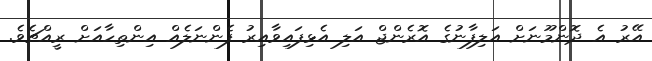
އޭރު އެ ދޮންމޫނަށް އަލިފާނުގެ އޮރެންޖް އަލި އެޅިފައިވާއިރު ފެންނަލެއް އިންތިހާއަށް ރީއްޗެވެ.